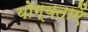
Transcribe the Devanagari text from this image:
योग्यताऐं